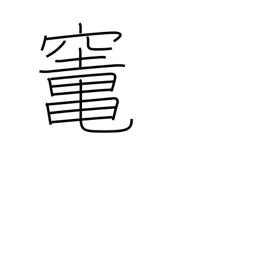
Meaning: oven